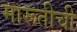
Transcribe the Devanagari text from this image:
मारूतीची